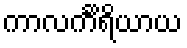
ကာလင်္ကိရိယာယ